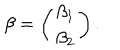
LaTeX: \beta = \left( \begin{array} { c } { { \beta _ { 1 } } } \\ { { \beta _ { 2 } } } \\ \end{array} \right) .